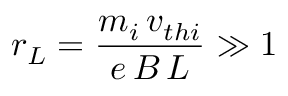
r _ { L } = \frac { m _ { i } \, v _ { t h i } } { e \, B \, L } \gg 1